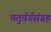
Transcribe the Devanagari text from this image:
चतुर्वर्गसंग्रह